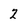
Character: 2